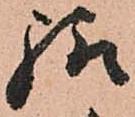
給